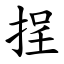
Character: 挰